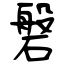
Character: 磐